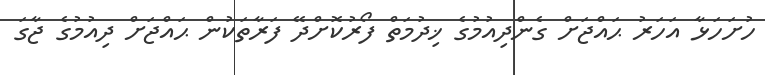
ހުށަހަޅާ އަހަރު ޙައްޖަށް ގެންދިއުމުގެ ޚިދުމަތް ފޯރުކޮށްދޭ ފަރާތަކުން ޙައްޖަށް ދިއުމުގެ ޖާގަ